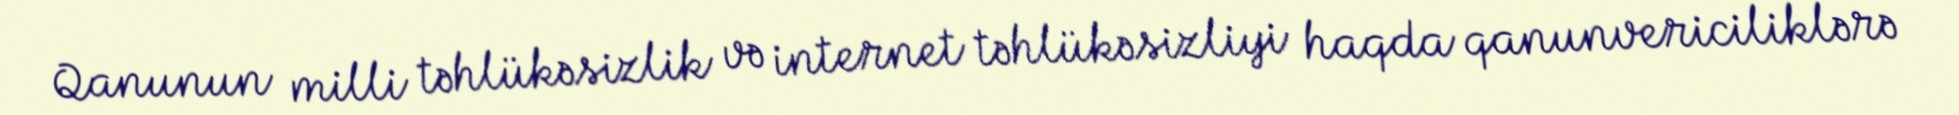
Qanunun milli təhlükəsizlik və internet təhlükəsizliyi haqda qanunvericiliklərə